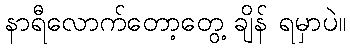
နာရီလောက်တော့တွေ့ ချိန် ရမှာပဲ။